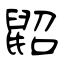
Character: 鼦